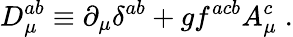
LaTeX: D_{\mu}^{ab}\equiv\partial_{\mu}\delta^{ab}+gf^{acb}A_{\mu}^{c}\; .